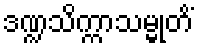
ဒဏ္ဍသိက္ကာသမ္မုတိံ